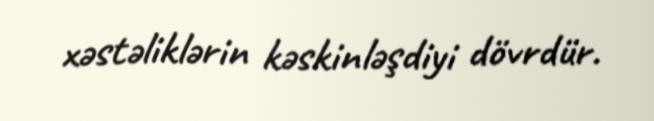
xəstəliklərin kəskinləşdiyi dövrdür.